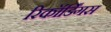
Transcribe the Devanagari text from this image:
रिकॉर्डिंगस